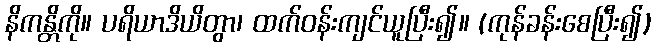
နိကန္တိကို။ ပရိယာဒိယိတွာ၊ ထက်ဝန်းကျင်ယူပြီး၍။ (ကုန်ခန်းစေပြီး၍)